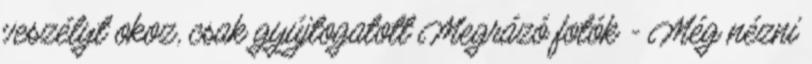
veszélyt okoz, csak gyújtogatott Megrázó fotók - Még nézni